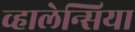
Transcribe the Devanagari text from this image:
व्हालेन्सिया